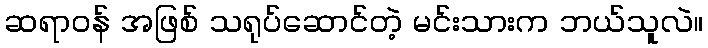
ဆရာဝန် အဖြစ် သရုပ်ဆောင်တဲ့ မင်းသားက ဘယ်သူလဲ။